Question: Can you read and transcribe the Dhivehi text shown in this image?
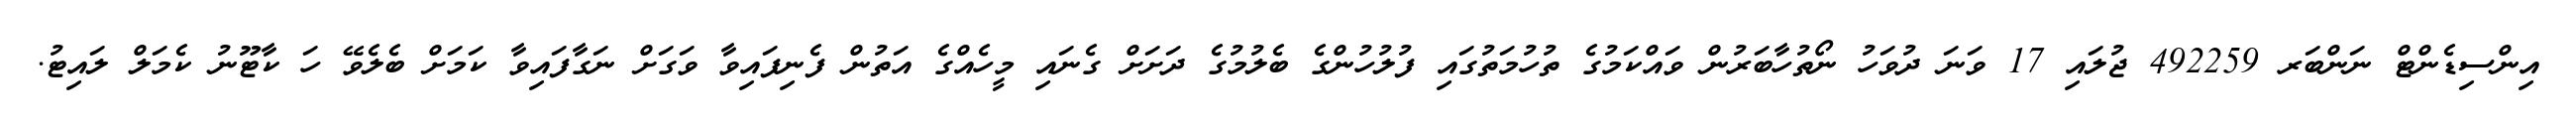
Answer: އިންސިޑެންޓް ނަންބަރ 492259 ޖުލައި 17 ވަނަ ދުވަހު ނޯތުހާބަރުން ވައްކަމުގެ ތުހުމަތުގައި ފުލުހުންގެ ބެލުމުގެ ދަށަށް ގެނައި މީހެއްގެ އަތުން ފެނިފައިވާ ވަގަށް ނަގާފައިވާ ކަމަށް ބެލެވޭ ހަ ކާޓޫނު ކެމަލް ލައިޓު.